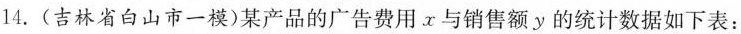
14.(吉林省白山市一模)某产品的广告费用x与销售额y的统计数据如下表：